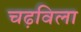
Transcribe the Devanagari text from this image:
चढ़विला